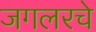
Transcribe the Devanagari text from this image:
जगलरचे